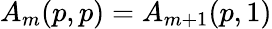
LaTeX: A_{m}(p,p)=A_{m+1}(p,1)